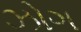
ઝોગ